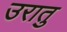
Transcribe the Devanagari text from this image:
उरातु